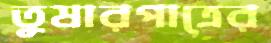
তুষারপাত্রের